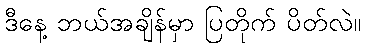
ဒီနေ့ ဘယ်အချိန်မှာ ပြတိုက် ပိတ်လဲ။